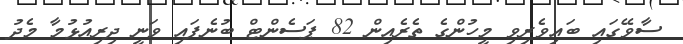
ސާވޭގައި ބައިވެރިވި މީހުންގެ ތެރެއިން 82 ޕަސެންޓް ބުނެފައި ވަނީ ދިރިއުޅުމާ މެދު